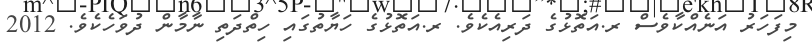
މިފަހަރު އަނެއްކާވެސް ރ.އަތޮޅުގެ ދަރިއެކެވެ. ރ.އަތޮޅުގެ ހަޔާތުގައި ހިތްދަތި ނާމާން ދުވަހެކެވެ. 2012